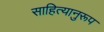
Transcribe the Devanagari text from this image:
साहित्यानुरूप